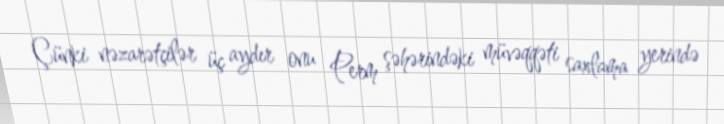
Çünki nəzarətçilər üç aydır onu Perm şəhərindəki müvəqqəti saxlama yerində